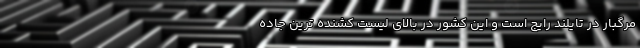
مرگبار در تایلند رایج است و این کشور در بالای لیست کشنده ترین جاده